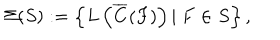
LaTeX: \Sigma ( S ) : = \left\{ L \left( \overline { { { C } } } ( F ) \right) \left| \ F \in S \right. \right\} ,